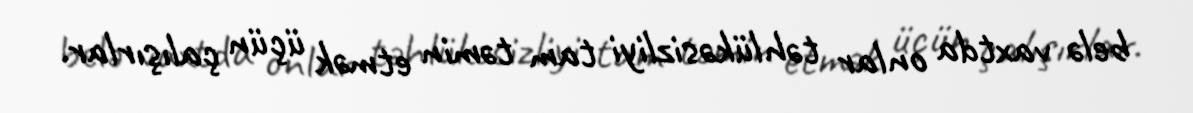
belə vaxtda onlar təhlükəsizliyi tam təmin etmək üçün çalışırlar.